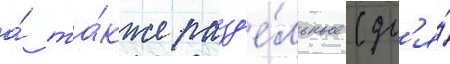
а́ та́кже разд'е́льные (дл'я́